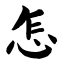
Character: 怎